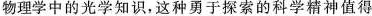
物理学中的光学知识，这种勇于探索的科学精神值得